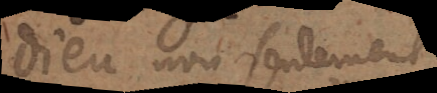
Dieu non seulement